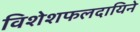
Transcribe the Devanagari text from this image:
विशेशफलदायिने